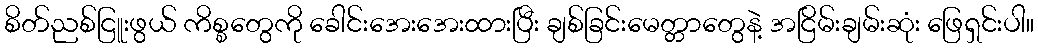
စိတ်ညစ်ငြူးဖွယ် ကိစ္စတွေကို ခေါင်းအေးအေးထားပြီး ချစ်ခြင်းမေတ္တာတွေနဲ့ အငြိမ်းချမ်းဆုံး ဖြေရှင်းပါ။